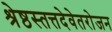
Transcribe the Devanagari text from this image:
श्रेष्ठस्तत्तदेवेतरोजन